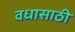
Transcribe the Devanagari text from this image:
वधासाठी